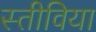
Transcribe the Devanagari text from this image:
स्तीविया